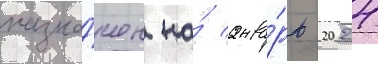
назна́чен на́ янва́рь 2024